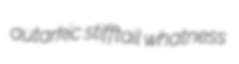
autarkic stifftail whatness